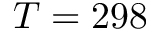
T = 2 9 8